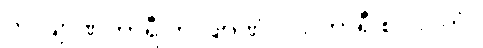
ကလျာဏကာရီ ကလျာဏံ၊ ပါပကာရီ စ ပါပကံ။